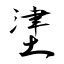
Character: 堻